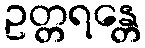
ဥတ္တရန္တေ